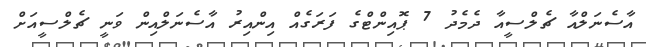
އާސެނަލްއާ ޗެލްސީއާ ދެމެދު 7 ޕޮއިންޓްގެ ފަރަގެއް އިންއިރު އާސެނަލްއިން ވަނީ ޗެލްސީއަށް